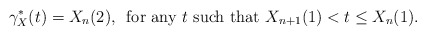
\begin{align*}\gamma_{X}^{\ast}(t) = X_{n}(2) , \, \mbox{ for any $t$ such that $X_{n+1}(1) < t \leq X_{n}(1)$.}\end{align*}